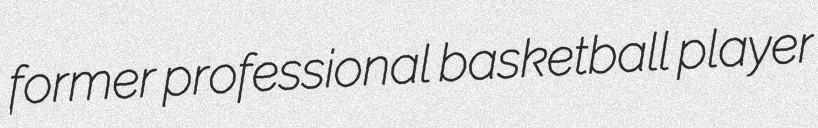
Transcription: former professional basketball player